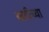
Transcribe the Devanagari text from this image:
खडीच्या